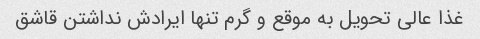
غذا عالی تحویل به موقع و گرم تنها ایرادش نداشتن قاشق